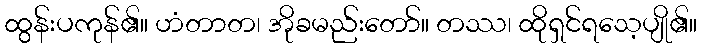
ထွန်းပကုန်၏။ ဟံတာတ၊ အိုခမည်းတော်။ တဿ၊ ထိုရှင်ရသေ့ပျို၏။